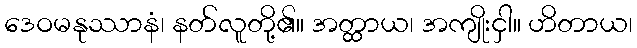
ဒေဝမနုဿာနံ၊ နတ်လူတို့၏။ အတ္ထာယ၊ အကျိုးငှါ။ ဟိတာယ၊